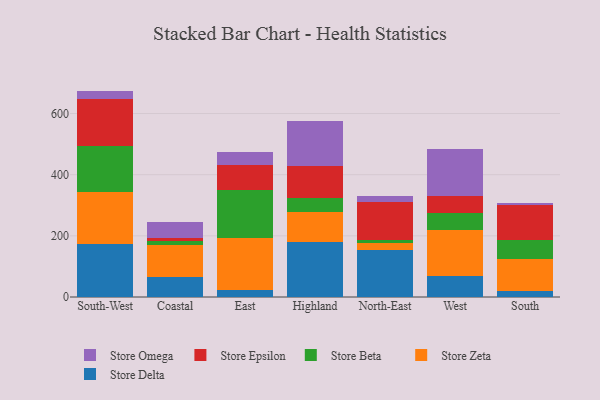
{"axis": {"x": "Region", "y": "Net Income (USD K)"}, "legend": ["Store Beta", "Store Delta", "Store Epsilon", "Store Omega", "Store Zeta"], "data": [{"x": "South-West", "y": 172.6, "type": "Store Delta"}, {"x": "South-West", "y": 169.5, "type": "Store Zeta"}, {"x": "South-West", "y": 151.5, "type": "Store Beta"}, {"x": "South-West", "y": 153.6, "type": "Store Epsilon"}, {"x": "South-West", "y": 27.0, "type": "Store Omega"}, {"x": "Coastal", "y": 64.8, "type": "Store Delta"}, {"x": "Coastal", "y": 106.1, "type": "Store Zeta"}, {"x": "Coastal", "y": 13.6, "type": "Store Beta"}, {"x": "Coastal", "y": 8.4, "type": "Store Epsilon"}, {"x": "Coastal", "y": 52.8, "type": "Store Omega"}, {"x": "East", "y": 21.9, "type": "Store Delta"}, {"x": "East", "y": 171.5, "type": "Store Zeta"}, {"x": "East", "y": 155.2, "type": "Store Beta"}, {"x": "East", "y": 82.9, "type": "Store Epsilon"}, {"x": "East", "y": 41.2, "type": "Store Omega"}, {"x": "Highland", "y": 179.4, "type": "Store Delta"}, {"x": "Highland", "y": 100.0, "type": "Store Zeta"}, {"x": "Highland", "y": 46.0, "type": "Store Beta"}, {"x": "Highland", "y": 101.9, "type": "Store Epsilon"}, {"x": "Highland", "y": 147.7, "type": "Store Omega"}, {"x": "North-East", "y": 153.7, "type": "Store Delta"}, {"x": "North-East", "y": 22.5, "type": "Store Zeta"}, {"x": "North-East", "y": 11.4, "type": "Store Beta"}, {"x": "North-East", "y": 123.3, "type": "Store Epsilon"}, {"x": "North-East", "y": 20.6, "type": "Store Omega"}, {"x": "West", "y": 68.9, "type": "Store Delta"}, {"x": "West", "y": 150.7, "type": "Store Zeta"}, {"x": "West", "y": 56.7, "type": "Store Beta"}, {"x": "West", "y": 55.6, "type": "Store Epsilon"}, {"x": "West", "y": 153.7, "type": "Store Omega"}, {"x": "South", "y": 19.0, "type": "Store Delta"}, {"x": "South", "y": 106.5, "type": "Store Zeta"}, {"x": "South", "y": 61.1, "type": "Store Beta"}, {"x": "South", "y": 115.8, "type": "Store Epsilon"}, {"x": "South", "y": 6.3, "type": "Store Omega"}]}